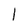
Character: l